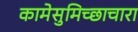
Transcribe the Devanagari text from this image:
कामेसुमिच्छाचारा